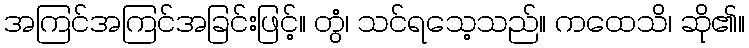
အကြင်အကြင်အခြင်းဖြင့်။ တွံ၊ သင်ရသေ့သည်။ ကထေသိ၊ ဆို၏။